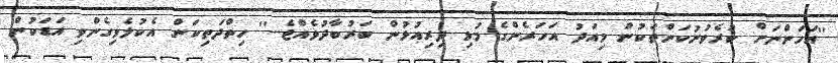
''އަހަންނަށް ކުރެވުނުކަންތަކުން މިއަދު އަހަރެންގެ މުޅި ދިރިއުޅުން ބަރުބާދުވެއްޖެ...'' ހިތްދަތިކަން އެކުލެވިގެންވި އަޑަކުން